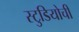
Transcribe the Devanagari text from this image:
स्टुडियोची